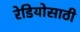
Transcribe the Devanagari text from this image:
रेडियोसाठी